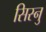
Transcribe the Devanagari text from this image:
सिस्नु